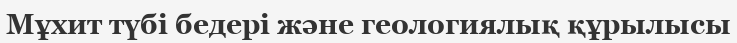
Мұхит түбі бедері және геологиялық құрылысы